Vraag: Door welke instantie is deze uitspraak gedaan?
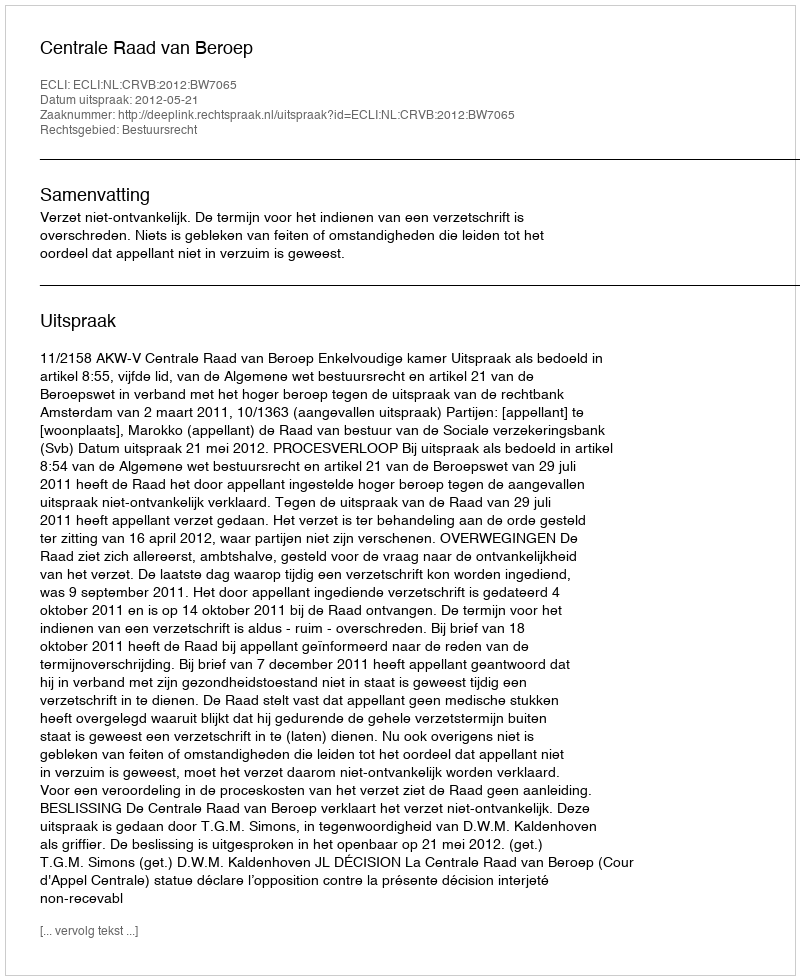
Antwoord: Centrale Raad van Beroep